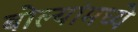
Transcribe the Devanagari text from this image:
बोल्यांमध्ये